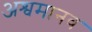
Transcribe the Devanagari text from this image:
अश्वमानव